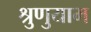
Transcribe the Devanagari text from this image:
श्रुणुयाम